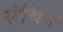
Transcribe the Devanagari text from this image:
संचिन